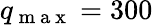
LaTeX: q_{\mathrm{~m~a~x~}}=300